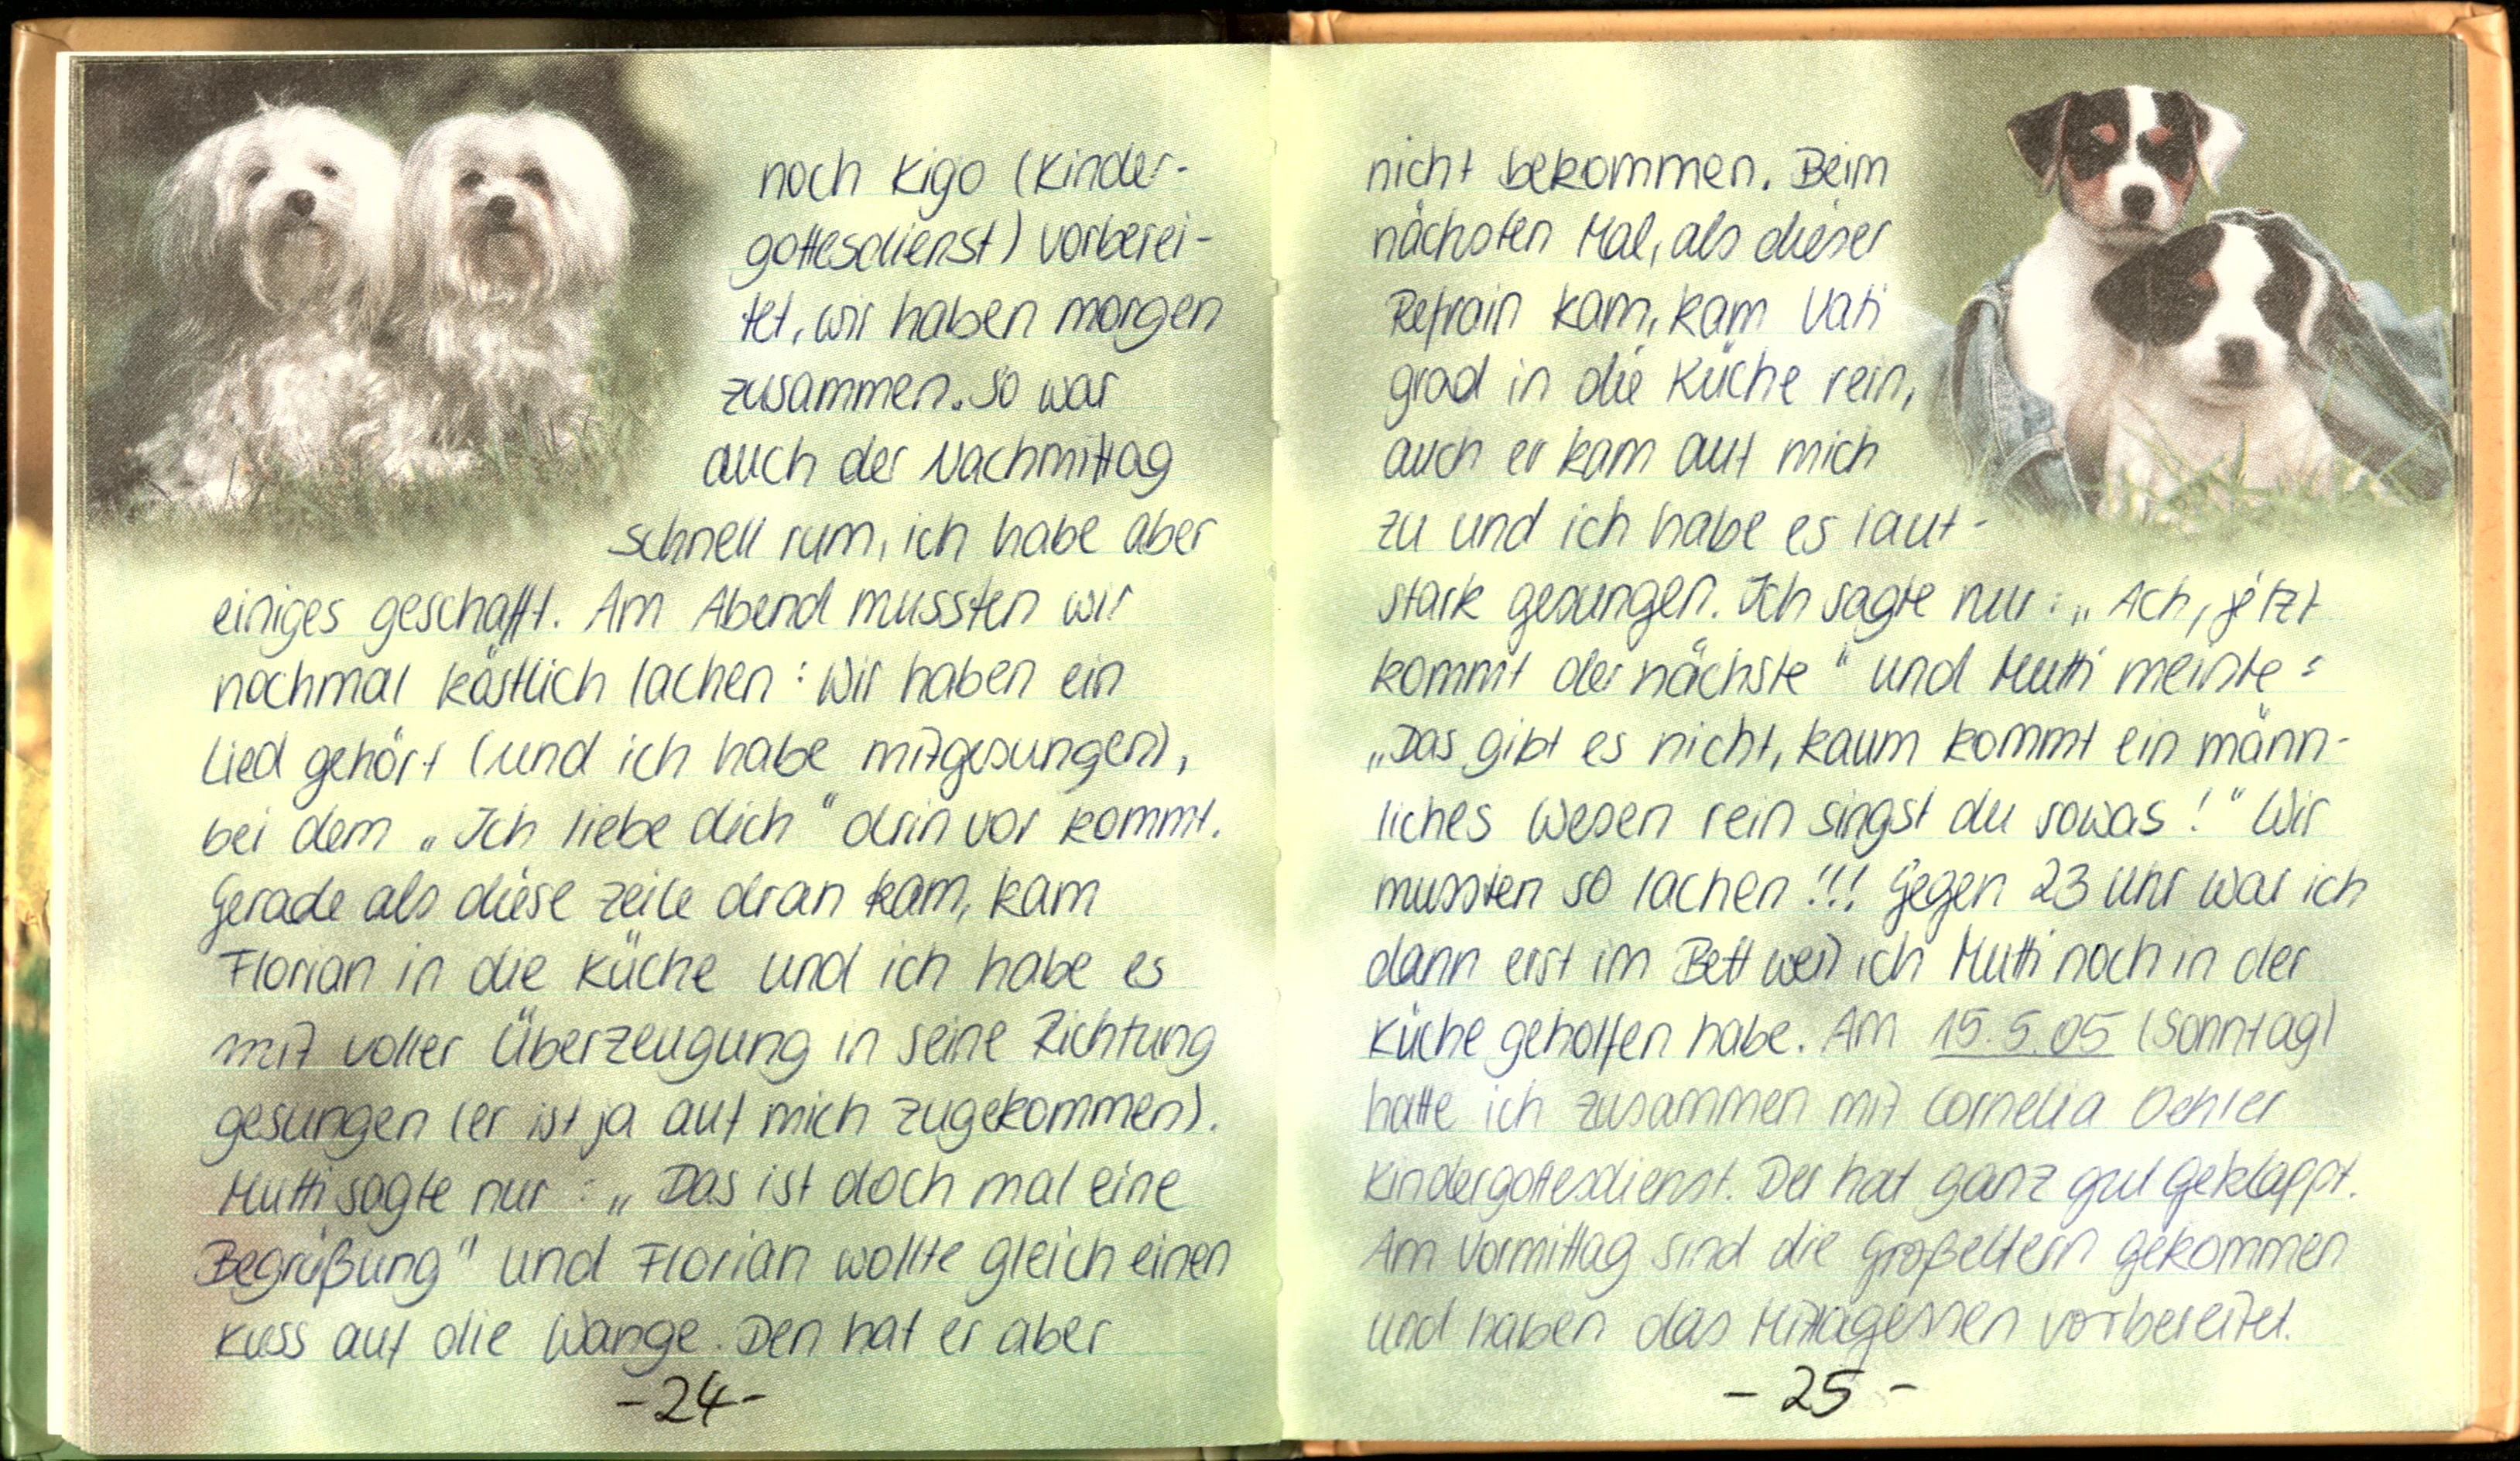
noch Kigo (Kinder
gottesdienst) vorberei-
tet, wir haben morgen
zusammen. So war
auch der Nachmittag
schnell rum, ich habe aber
einiges geschafft. Am Abend mussten wir
nochmal köstlich lachen: Wir haben ein
Lied gehört (und ich habe mitgesungen),
bei dem „Ich liebe dich" drin vor kommt.
Gerade als diese Zeile dran kam, kam
Florian in die Küche und ich habe es
mit voller Überzeugung in seine Richtung
gesungen (er ist ja auf mich zugekommen).
Mutti sagte nur: „Das ist doch mal eine
Begrüßung" und Florian wollte gleich einen
Kuss auf die Wange. Den hat er aber

nicht bekommen. Beim
nächsten Mal, als dieser
Refrain kam, kam Vati
grad in die Küche rein,
auch er kam auf mich
zu und ich habe es laut-
stark gesungen. Ich sagte nur: „Ach, jetzt
kommt der nächste" und Mutti meinte:
„Das gibt es nicht, kaum kommt ein männ-
liches Wesen rein singst du sowas!" Wir
mussten so lachen!!! Gegen 23 Uhr war ich
dann erst im Bett weil ich Mutti noch in der
Küche geholfen habe. Am 15.5.05 (Sonntag)
hatte ich zusammen mit Cornelia Oehler
Kindergottesdienst. Der hat ganz gut geklappt.
Am Vormittag sind die Großeltern gekommen
und haben das Mittagessen vorbereitet.